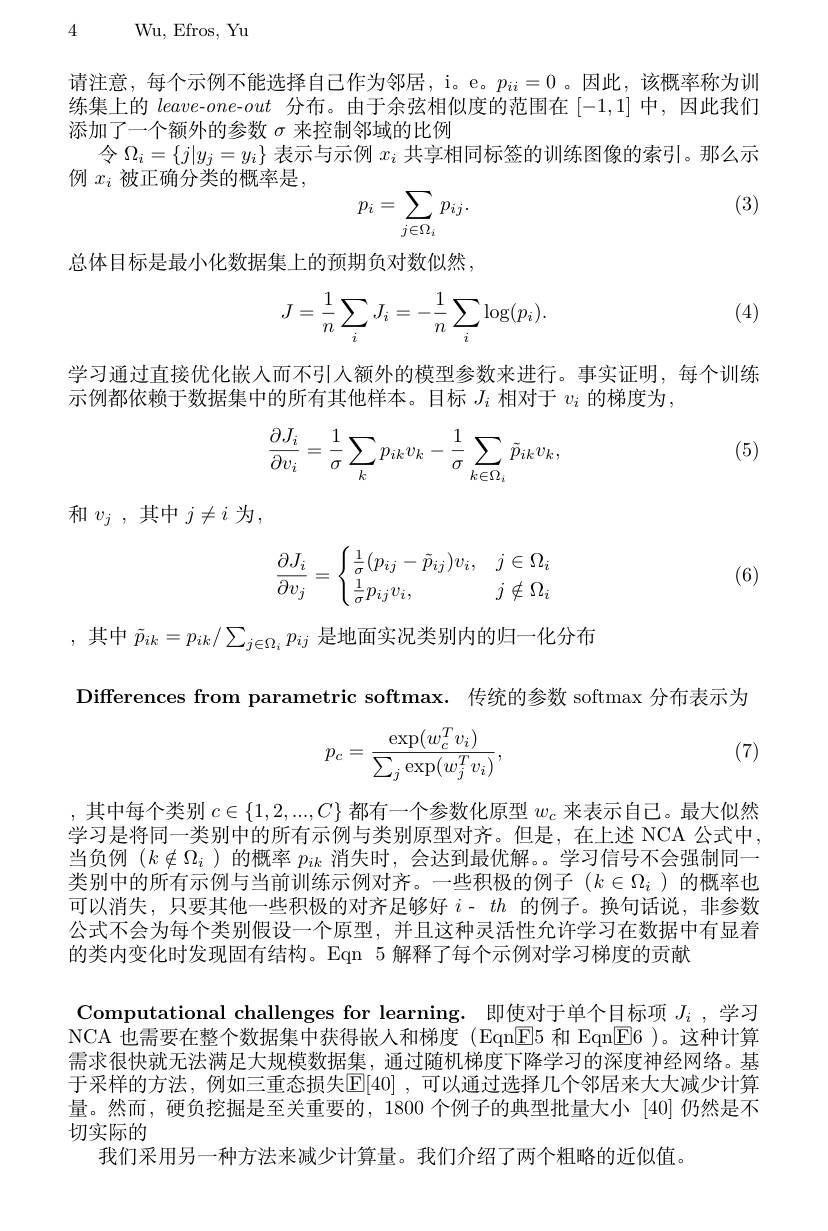
4 Wu, Efros, Yu

请注意，每个示例不能选择自己作为邻居，i。e。$p_{ii}=0$ 。因此，该概率称为训练集上的 leave-one-out分布。由于余弦相似度的范围在[-1,1]中，因此我们添加了一个额外的参数$\sigma$来控制邻域的比例
令$\Omega_i=\{j|y_j=y_i\}$表示与示例$x_i$共享相同标签的训练图像的索引。那么示
例 $x_i$ 被正确分类的概率是，
$$p_i=\sum_{j\in\Omega_i}p_{ij}.$$
(3)

总体目标是最小化数据集上的预期负对数似然，

(4)
$$\begin{aligned}J=\frac{1}{n}\sum_iJ_i=-\frac{1}{n}\sum_i\log(p_i).\end{aligned}$$
学习通过直接优化嵌人而不引入额外的模型参数来进行。事实证明，每个训练
示例都依赖于数据集中的所有其他样本。目标$J_i$相对于$v_i$的梯度为，

(5)
$$\begin{aligned}\frac{\partial J_i}{\partial v_i}=\frac{1}{\sigma}\sum_kp_{ik}v_k-\frac{1}{\sigma}\sum_{k\in\Omega_i}\tilde{p}_{ik}v_k,\end{aligned}$$
和$v_{j}$ ,其中$j\neq i$为，
$$\dfrac{\partial J_i}{\partial v_j}=\begin{cases}\frac{1}{\sigma}(p_{ij}-\tilde{p}_{ij})v_i,&j\in\Omega_i\\\frac{1}{\sigma}p_{ij}v_i,&j\notin\Omega_i\end{cases}$$
(6)

,其中$\tilde{p}_{ik}=p_{ik}/\sum_{j\in\Omega_i}p_{ij}$是地面实况类别内的归一化分布
Differences from parametric softmax. 传统的参数 softmax 分布表示为

(7)
$$p_c=\frac{\exp(w_c^Tv_i)}{\sum_j\exp(w_j^Tv_i)},$$
,其中每个类别$c\in\{1,2,...,C\}$都有一个参数化原型$w_c$来表示自己。最大似然学习是将同一类别中的所有示例与类别原型对齐。但是，在上述 NCA 公式中， 当负例$(k\notin\Omega_i$ )的概率$p_{ik}$消失时，会达到最优解。。学习信号不会强制同一类别中的所有示例与当前训练示例对齐。一些积极的例子$(k\in\Omega_i$ )的概率也可以消失，只要其他一些积极的对齐足够好$i-th$ 的例子。换句话说，非参数公式不会为每个类别假设一个原型，并且这种灵活性允许学习在数据中有显着的类内变化时发现固有结构。Eqn 5 解释了每个示例对学习梯度的贡献

Computational challenges for learning. 即使对于单个目标项$J_i$ , 学习NCA 也需要在整个数据集中获得嵌人和梯度(Eqn[E]5 和 Eqn[E]6 )。这种计算需求很快就无法满足大规模数据集，通过随机梯度下降学习的深度神经网络。基于采样的方法，例如三重态损失$| \mathbb{E} | 40|$ , 可 以 通 过 选 择 几 个 邻 居 来 大 大 减 少 计 算 量。然而，硬负挖掘是至关重要的，1800 个例子的典型批量大小 [40]仍然是不切实际的
我们采用另一种方法来减少计算量。我们介绍了两个粗略的近似值。